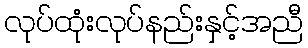
လုပ်ထုံးလုပ်နည်းနှင့်အညီ